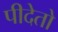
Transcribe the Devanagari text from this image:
पीदेतो